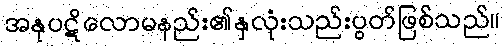
အနုပဋိလောမနည်း၏နှလုံးသည်းပွတ်ဖြစ်သည်။